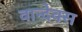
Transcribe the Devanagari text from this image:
वान्देक्स